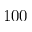
1 0 \time 1 0